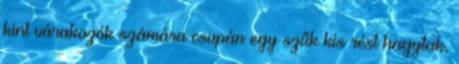
kint várakozók számára csupán egy szűk kis rést hagytak,